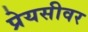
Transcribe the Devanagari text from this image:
प्रेयसीवर